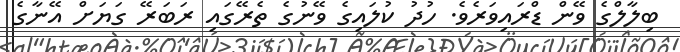
ބިލާލްގެ ވޭން ޑްރައިވަރެވެ. ހުދު ކުލައިގެ ވޭނުގެ ތެރޭގައި ރަބަރޭ ގަޔަށް އޭނާގެ